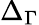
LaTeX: \Delta_{\Gamma}